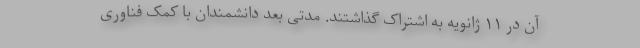
آن در ۱۱ ژانویه به اشتراک گذاشتند. مدتی بعد دانشمندان با کمک فناوری